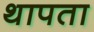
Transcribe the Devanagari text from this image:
थापता